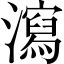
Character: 瀉